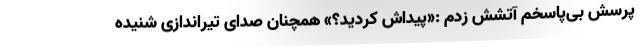
پرسش بی‌پاسخم آتشش زدم :«پیداش کردید؟» همچنان صدای تیراندازی شنیده